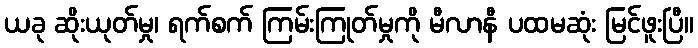
ယခု ဆိုးယုတ်မှု၊ ရက်စက် ကြမ်းကြုတ်မှုကို မီလာနီ ပထမဆုံး မြင်ဖူးပြီ။